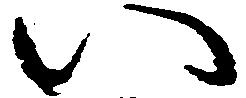
い